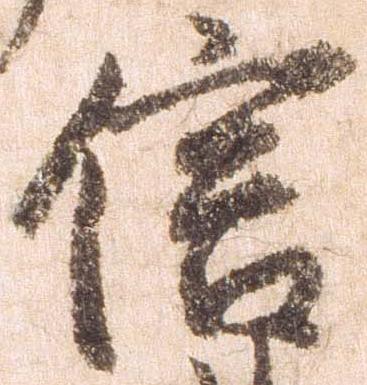
信